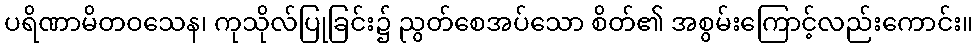
ပရိဏာမိတဝသေန၊ ကုသိုလ်ပြုခြင်း၌ ညွတ်စေအပ်သော စိတ်၏ အစွမ်းကြောင့်လည်းကောင်း။